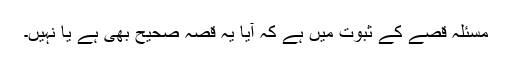
مسئلہ قصے کے ثبوت میں ہے کہ آیا یہ قصہ صحیح بھی ہے یا نہیں۔